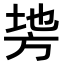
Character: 𭤵